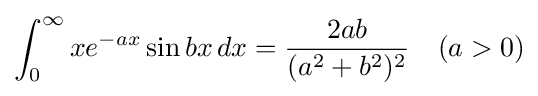
\int _{0}^{\infty }xe^{-ax}\sin bx\,dx={\frac {2ab}{(a^{2}+b^{2})^{2}}}\quad (a>0)